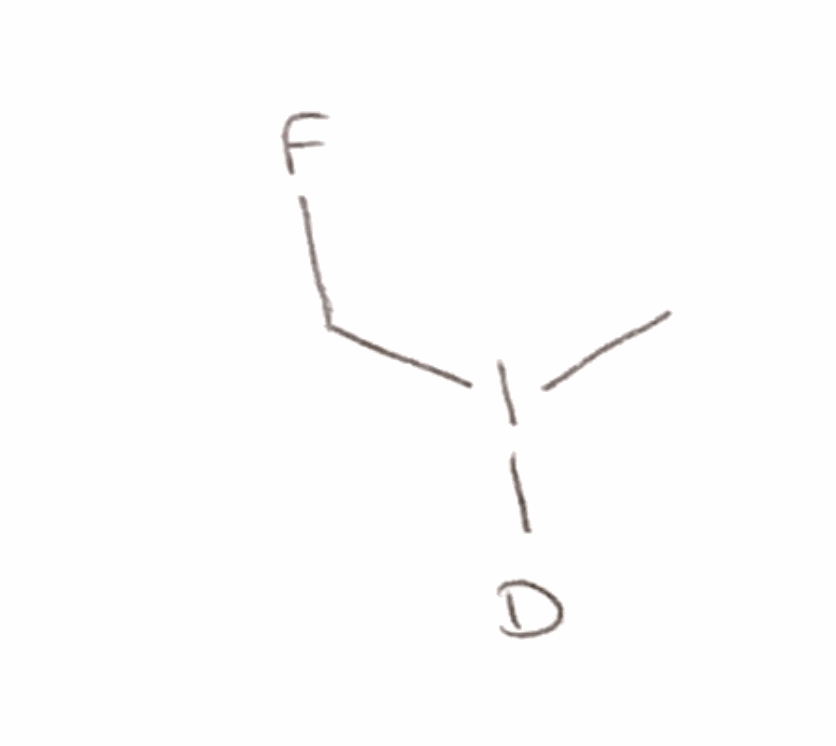
Simplified molecular-input line-entry system (SMILES) notation of the given molecule:
[2H]I(C)CF